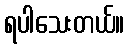
ရပါသေးတယ်။